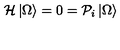
{ \cal { H } } \left| \Omega \right> = 0 = { \cal { P } } _ { i } \left| \Omega \right>